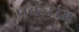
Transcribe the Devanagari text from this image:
प्रबन्धम्